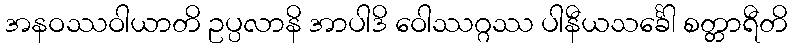
အနဝဿဝါယာတိ ဥပ္ပလာနိ အာပါဒိ ဝေါဿဂ္ဂဿ ပါနီယသင်္ခေါ စတ္တာရီတိ